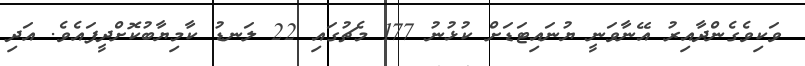
ވަކިވެގެންދާއިރު އޭނާވަނީ ޔުނައިޓަޑަށް ކުޅުނު 177 މެޗުގައި 22 ލަނޑު ކާމިޔާބުކޮށްދީފައެވެ. އަދި